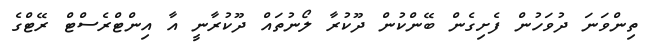
ތިންވަނަ ދުވަހުން ފެށިގެން ބޭންކުން ދޫކުރާ ލޯނުތައް ދޫކުރާނީ އާ އިންޓްރެސްޓް ރޭޓްގެ